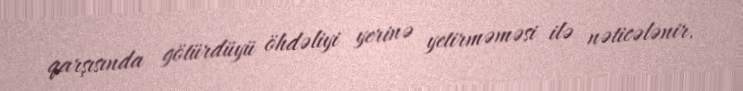
qarşısında götürdüyü öhdəliyi yerinə yetirməməsi ilə nəticələnir.